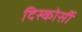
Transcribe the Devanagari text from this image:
दिस्कोर्सी